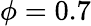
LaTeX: \phi=0.7